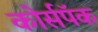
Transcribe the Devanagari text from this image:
कोर्सपॅक